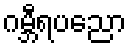
ဂမ္ဘီရပညော